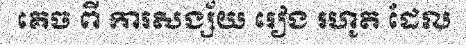
គេច ពី ការសង្ស័យ រៀង រហូត ដែល